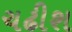
ચઢીશ